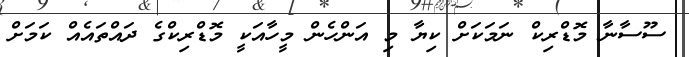
ސޫސާނާ މޮޑްރިކް ނަމަކަށް ކިޔާ މި އަންހެން މީހާއަކީ މޮޑްރިކްގެ ދައްތައެއް ކަމަށް